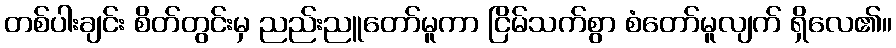
တစ်ပါးချင်း စိတ်တွင်းမှ ညည်းညူတော်မူကာ ငြိမ်သက်စွာ စံတော်မူလျက် ရှိလေ၏။